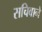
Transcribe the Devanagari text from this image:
सचिवाने